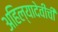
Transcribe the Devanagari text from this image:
अहिल्यादेवींची